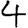
Digit: 4